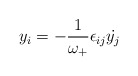
\begin{align*}y_i = - \frac{1}{\omega _+}\epsilon_{ij}{\dot{y_j}}\end{align*}